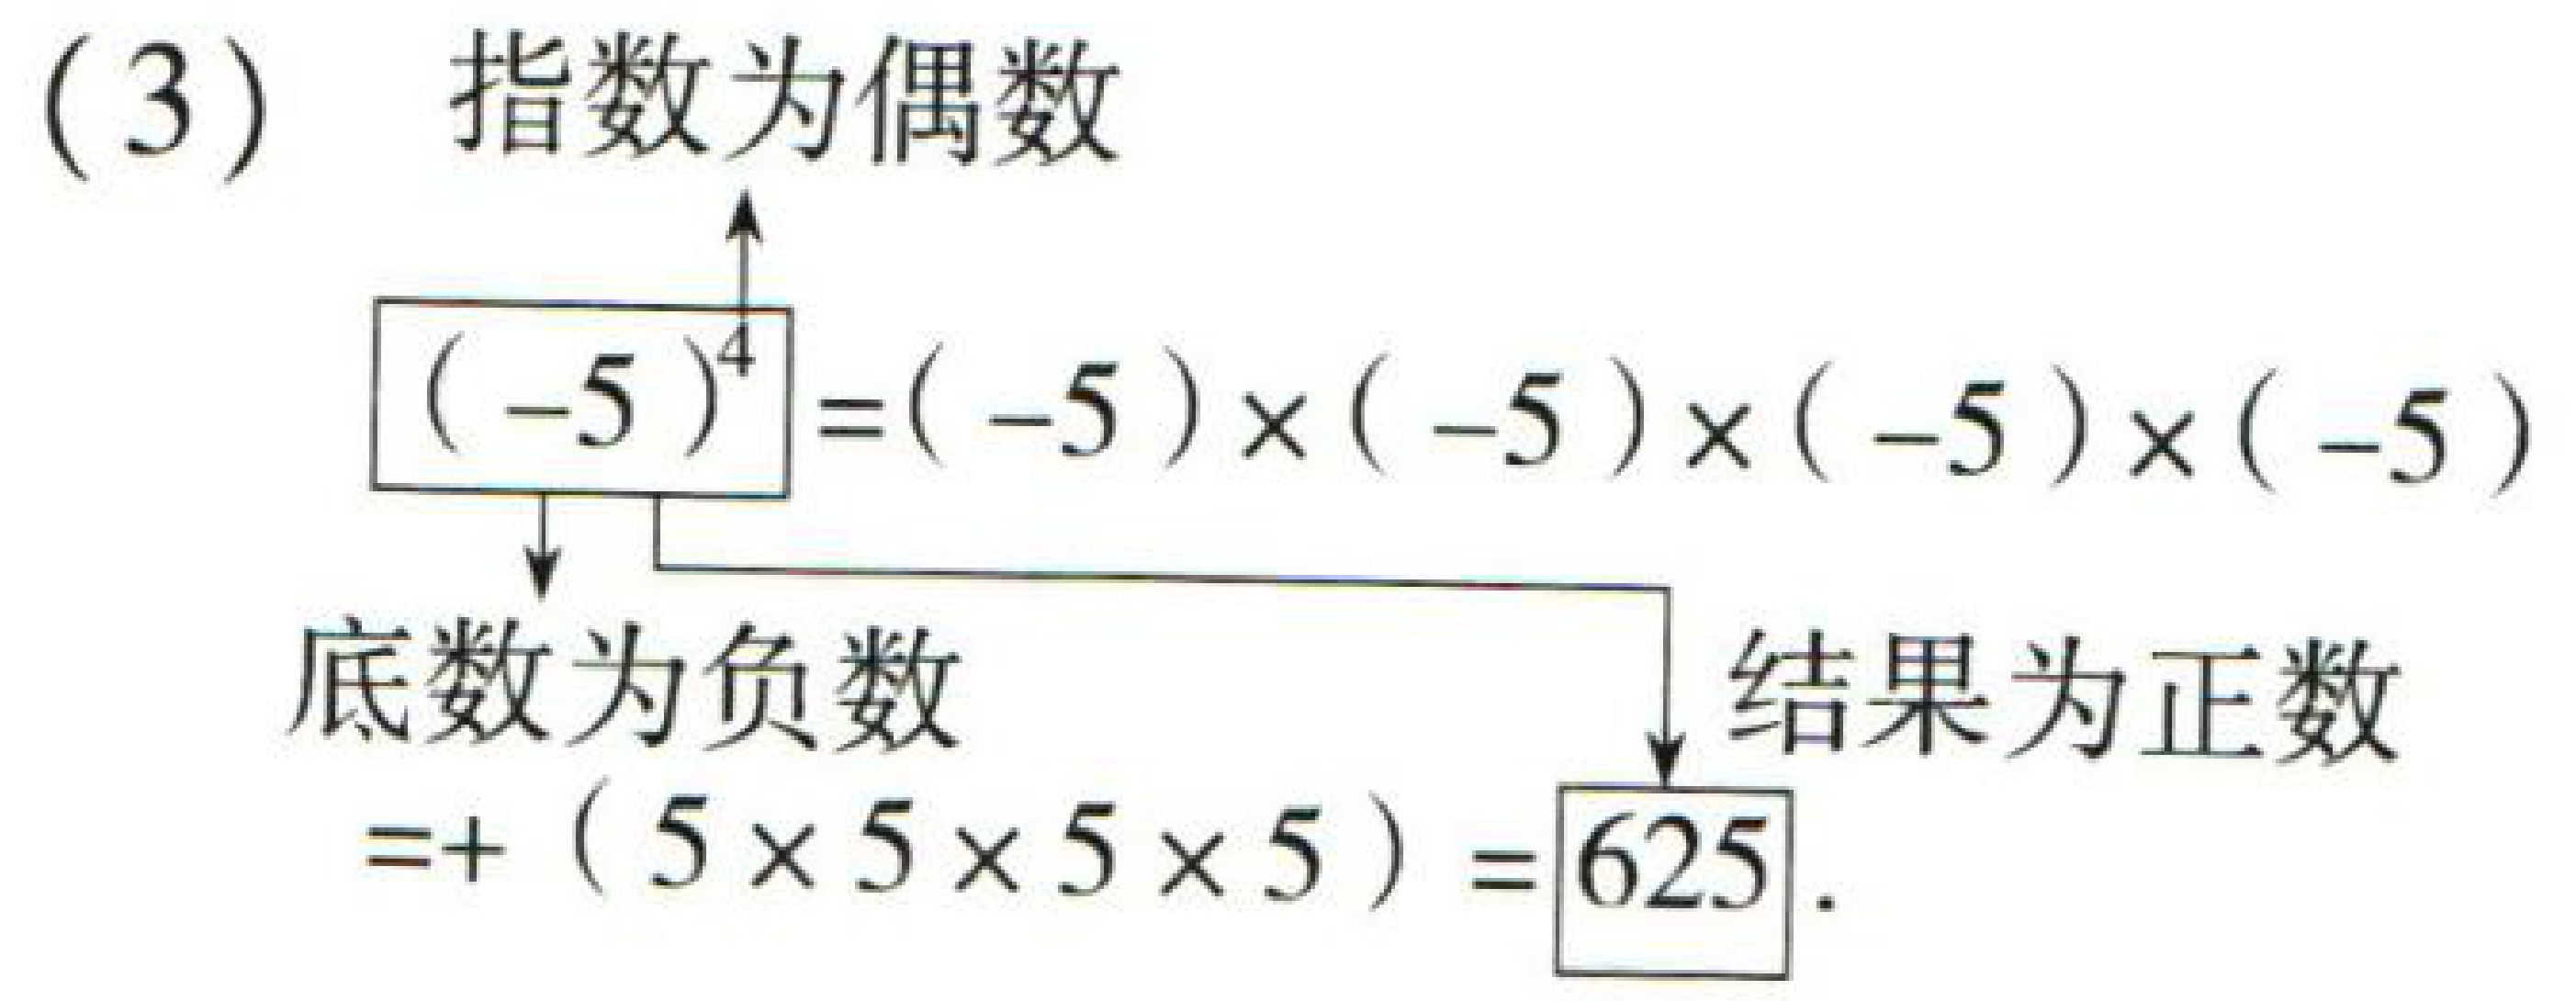
(3) 指数为偶数
\[
\begin{align*}
(-5)^4&=(-5)\times(-5)\times(-5)\times(-5)\\
& \text{底数为负数}\\
&=+(5\times5\times5\times5)\\
&= 625 \text{ 结果为正数}
\end{align*}
\]